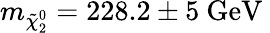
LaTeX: m_{\tilde{\chi}_{2}^{0}}=228.2\pm 5\mathrm{\ GeV~}